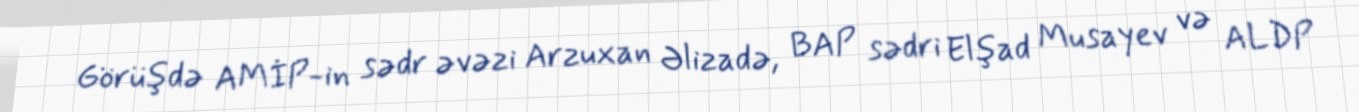
Görüşdə AMİP-in sədr əvəzi Arzuxan Əlizadə, BAP sədri Elşad Musayev və ALDP